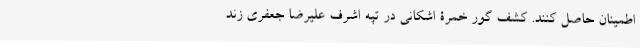
اطمینان حاصل کنند. کشف گور خمرۀ اشکانی در تپه اشرف علیرضا جعفری زند